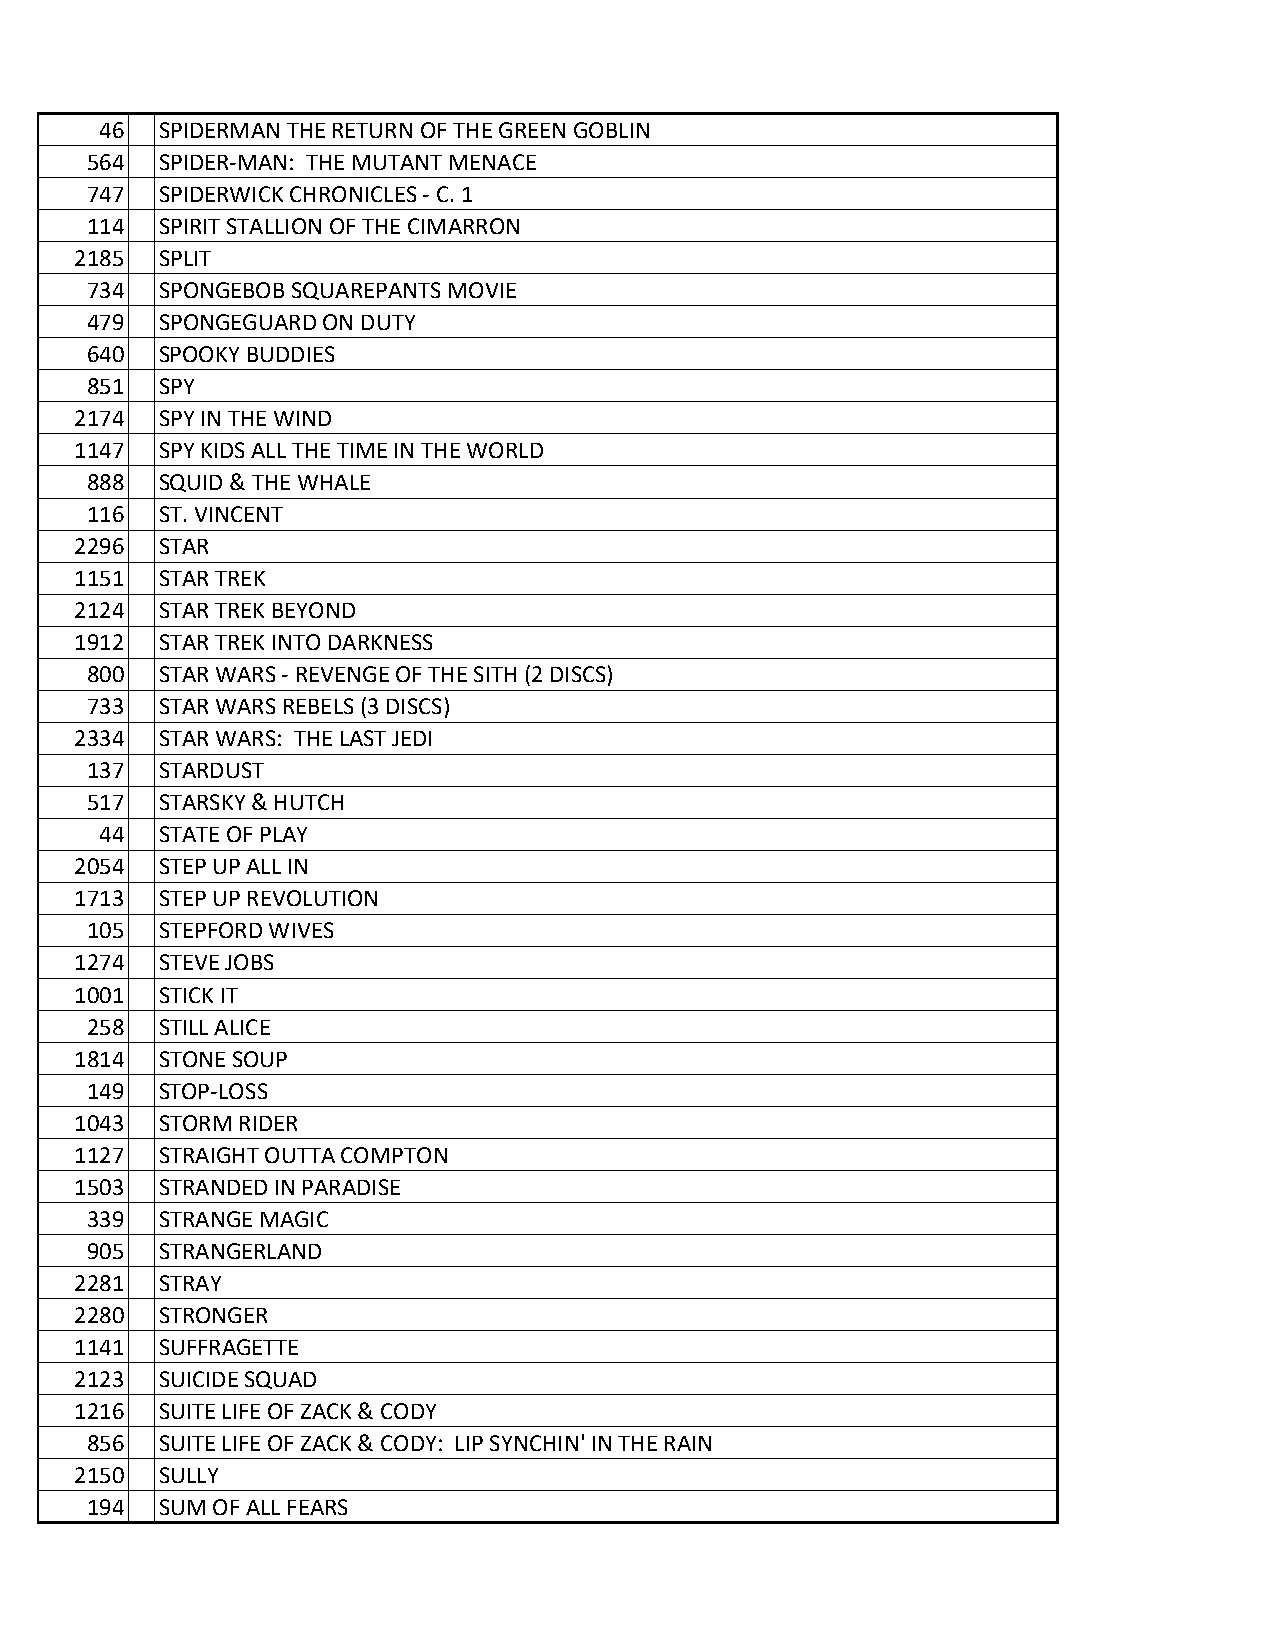
46 SPIDERMAN THE RETURN OF THE GREEN GOBLIN
 564 SPIDER-MAN: THE MUTANT MENACE
 747 SPIDERWICK CHRONICLES - C. 1
 114 SPIRIT STALLION OF THE CIMARRON
 2185 SPLIT
 734 SPONGEBOB SQUAREPANTS MOVIE
 479 SPONGEGUARD ON DUTY
 640 SPOOKY BUDDIES
 851 SPY
 2174 SPY IN THE WIND
 1147 SPY KIDS ALL THE TIME IN THE WORLD
 888 SQUID & THE WHALE
 116 ST. VINCENT
 2296 STAR
 1151 STAR TREK
 2124 STAR TREK BEYOND
 1912 STAR TREK INTO DARKNESS
 800 STAR WARS - REVENGE OF THE SITH (2 DISCS)
 733 STAR WARS REBELS (3 DISCS)
 2334 STAR WARS: THE LAST JEDI
 137 STARDUST
 517 STARSKY & HUTCH
 44 STATE OF PLAY
 2054 STEP UP ALL IN
 1713 STEP UP REVOLUTION
 105 STEPFORD WIVES
 1274 STEVE JOBS
 1001 STICK IT
 258 STILL ALICE
 1814 STONE SOUP
 149 STOP-LOSS
 1043 STORM RIDER
 1127 STRAIGHT OUTTA COMPTON
 1503 STRANDED IN PARADISE
 339 STRANGE MAGIC
 905 STRANGERLAND
 2281 STRAY
 2280 STRONGER
 1141 SUFFRAGETTE
 2123 SUICIDE SQUAD
 1216 SUITE LIFE OF ZACK & CODY
 856 SUITE LIFE OF ZACK & CODY: LIP SYNCHIN' IN THE RAIN
 2150 SULLY
 194 SUM OF ALL FEARS